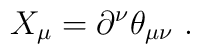
X_\mu = \partial^\nu \theta_{\mu \nu} ~.